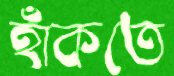
হাঁকতে